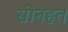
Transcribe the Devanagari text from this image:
सोनहत